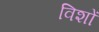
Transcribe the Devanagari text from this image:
विशों